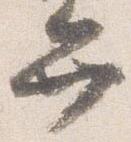
弁